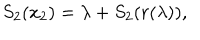
S _ { 2 } ( x _ { 2 } ) = \lambda + S _ { 2 } ( r ( \lambda ) ) ,